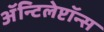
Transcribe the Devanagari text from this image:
ॲन्टिलेप्टॉन्स